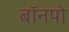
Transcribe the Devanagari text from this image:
बॉनपो